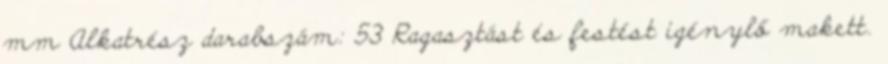
mm Alkatrész darabszám: 53 Ragasztást és festést igénylő makett.